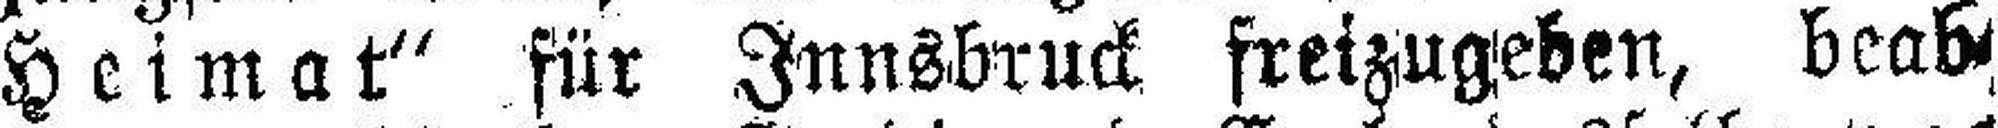
Heimat“ für Innsbruck freizugeben, beab¬